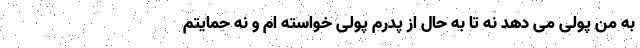
به من پولی می ‌دهد نه تا به حال از پدرم پولی خواسته ام و نه حمایتم